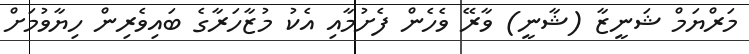
މަރްޔަމް ޝަނީޒާ (ޝާނީ) ވާރޭ ވެހެން ފެށުމާއި އެކު މުޒާހަރާގެ ބައިވެރިން ހިޔާވުމަށް